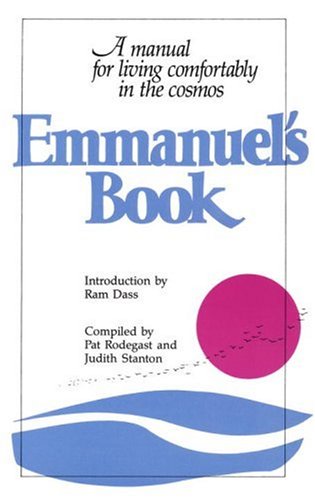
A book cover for Emmanuel's Book: A Manual for Living Comfortably in the Cosmos; Pat Rodegast; Religion & Spirituality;